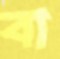
বা